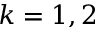
k = 1 , 2